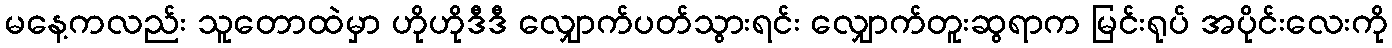
မနေ့ကလည်း သူတောထဲမှာ ဟိုဟိုဒီဒီ လျှောက်ပတ်သွားရင်း လျှောက်တူးဆွရာက မြင်းရုပ် အပိုင်းလေးကို